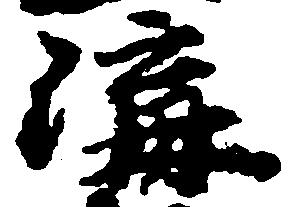
溝